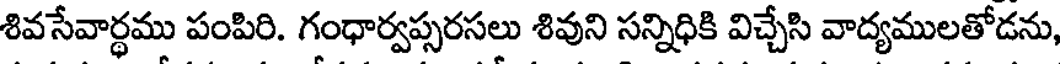
శివసేవార్థము పంపిరి. గంధార్వప్సరసలు శివుని సన్నిధికి విచ్చేసి వాద్యములతోడను,